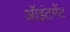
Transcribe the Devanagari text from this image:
ऑइंटमेंट